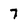
Character: 7